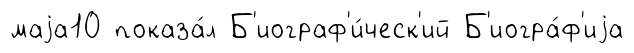
маjа10 показа́л Б'иограф'и́ческ'ий Б'иогра́ф'иjа